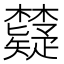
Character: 𬅐